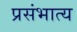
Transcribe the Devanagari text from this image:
प्रसंभात्य